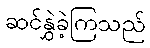
ဆင်နွှဲခဲ့ကြသည်